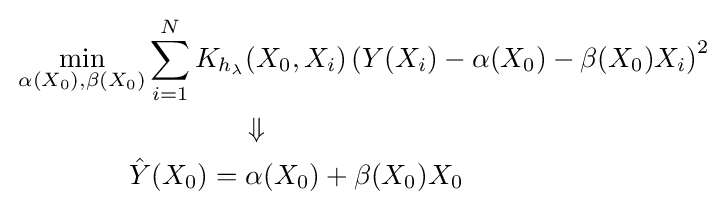
{\begin{aligned}&\min _{\alpha (X_{0}),\beta (X_{0})}\sum \limits _{i=1}^{N}{K_{h_{\lambda }}(X_{0},X_{i})\left(Y(X_{i})-\alpha (X_{0})-\beta (X_{0})X_{i}\right)^{2}}\\&\,\,\,\,\,\,\,\,\,\,\,\,\,\,\,\,\,\,\,\,\,\,\,\,\,\,\,\,\,\,\,\,\,\,\,\,\,\,\,\,\,\,\,\,\,\,\,\,\,\Downarrow \\&\,\,\,\,\,\,\,\,\,\,\,\,\,\,\,\,\,\,\,\,\,\,\,\,\,{\hat {Y}}(X_{0})=\alpha (X_{0})+\beta (X_{0})X_{0}\\\end{aligned}}